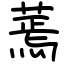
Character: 蔫